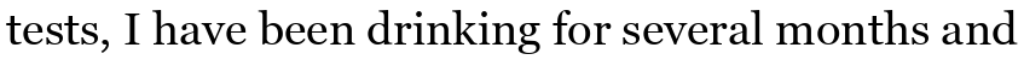
tests, I have been drinking for several months and